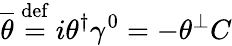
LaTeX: {\overline{{\theta}}}\ {\stackrel{\mathrm{def}}{=}}\ i\theta^{\dagger}\gamma^{0}=-\theta^{\perp}C